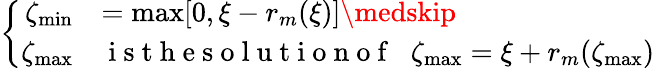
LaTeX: \left\{ \begin{array}{rll}{\zeta_{\operatorname*{min}}}&{=\operatorname*{max}[0,\xi-r_{m}(\xi)]\medskip}\\ {\zeta_{\operatorname*{max}}}&{\mathrm{~i~s~t~h~e~s~o~l~u~t~i~o~n~o~f~}\; \; \zeta_{\operatorname*{max}}=\xi+r_{m}(\zeta_{\operatorname*{max}})}\end{array}\right.